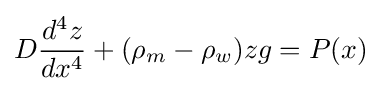
D{\frac {d^{4}z}{dx^{4}}}+(\rho _{m}-\rho _{w})zg=P(x)